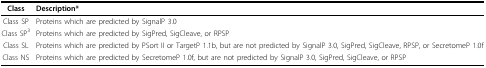
| Class | Description* |
 | --- | --- |
 | Class SP | Proteins which are predicted by SignalP 3.0 |
 | Class SP3 | Proteins which are predicted by SigPred, SigCleave, or RPSP |
 | Class SL | Proteins which are predicted by PSort II or TargetP 1.1b, but are not predicted by SignalP 3.0, SigPred, SigCleave, RPSP, or SecretomeP 1.0f |
 | Class NS | Proteins which are predicted by SecretomeP 1.0f, but are not predicted by SignalP 3.0, SigPred, SigCleave, or RPSP |